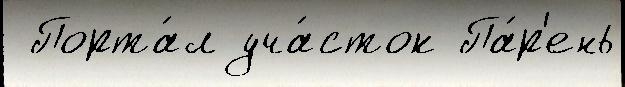
 Порта́л уча́сток Па́р'ень